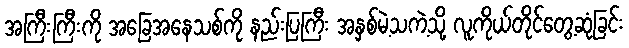
အကြီးကြီးကို အခြေအနေသစ်ကို နည်းပြကြီး အနှစ်မဲ့သကဲ့သို့ လူကိုယ်တိုင်တွေ့ဆုံခြင်း